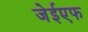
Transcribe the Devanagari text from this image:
जेईएफ